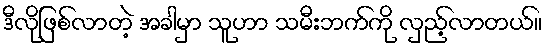
ဒီလိုဖြစ်လာတဲ့ အခါမှာ သူဟာ သမီးဘက်ကို လှည့်လာတယ်။